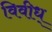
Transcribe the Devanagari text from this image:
विवीध्